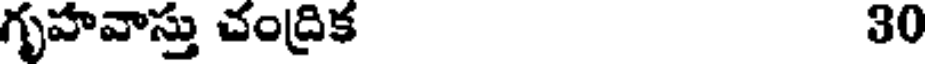
గృహవాస్తు చంద్రిక 30